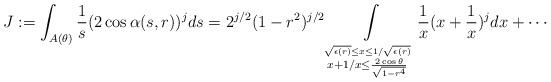
LaTeX: \begin{align*} J:=\int_{A(\theta)}\frac 1s (2\cos\alpha(s,r))^j ds=2^{j/2}(1-r^2)^{j/2} \int\limits_{\stackrel{\sqrt{\epsilon(r)} \leq x\leq 1/\sqrt{\epsilon(r)}}{x+1/x\leq \frac{2\cos\theta}{\sqrt{1-r^4}}}} \frac 1x(x+\frac 1x)^j dx+\cdots\end{align*}